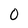
Character: 0